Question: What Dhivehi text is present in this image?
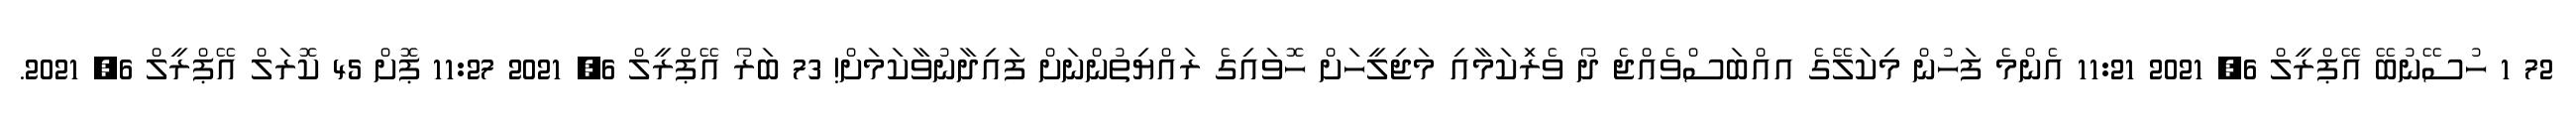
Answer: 72 1 ހުސޭނުބޭ އޭޕްރީލް 6, 2021 11:21 އެންމެ ފަހުން މިކަލޭގެ އއްބަސްވެއްޖެ ދޯ ވެރިަކަމާއި މަޖިލީހަށް ހޮވައިގެ ރައްޔިތުންނަށް ފައިދާނުވާކަމަށް! 73 ބަރޯ އޭޕްރީލް 6, 2021 11:27 ޕޮށް 45 ކޮރަލް އޭޕްރީލް 6, 2021.